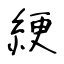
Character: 綆